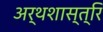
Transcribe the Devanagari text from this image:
अर्थशास्त्रि